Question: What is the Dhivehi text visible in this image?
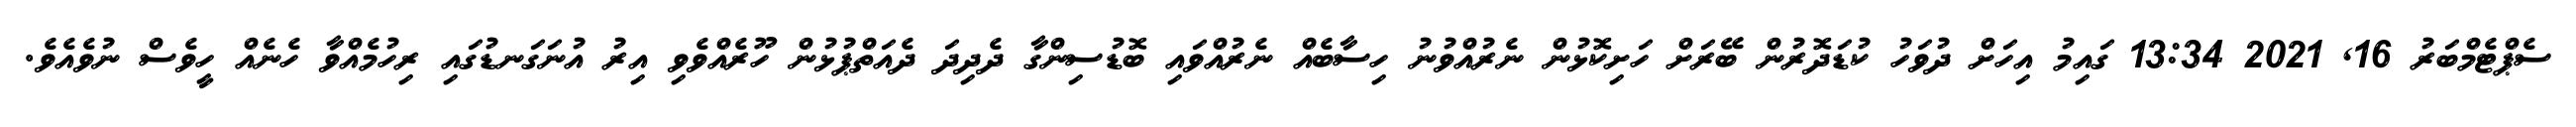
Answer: ސެޕްޓެމްބަރު 16, 2021 13:34 ގައިމު އިހަށް ދުވަހު ކުޑަދޮރުން ބޭރަށް ހަށިކޮޅުން ނެރުއްވުނު ހިސާބެއް ނެރުއްވައި ބޮޑުސިންގާ ދެދިދަ ދެއަތްޕުޅުން ހޫރެއްވެވި އިރު އުނަގަނޑުގައި ރިހުމެއްވާ ހެނެއް ހީވެސް ނުވެއެވެ.